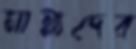
মান্নাদের